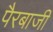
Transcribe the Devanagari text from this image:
पैरबाजी